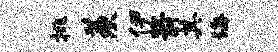
挑羡伊箭其诲